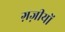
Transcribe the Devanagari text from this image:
ग़ज़ीयों